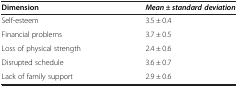
<table><thead><tr><td><b>Dimension</b></td><td><b><i>Mean ± standard deviation</i></b></td></tr></thead><tbody><tr><td>Self-esteem</td><td>3.5 ± 0.4</td></tr><tr><td>Financial problems</td><td>3.7 ± 0.5</td></tr><tr><td>Loss of physical strength</td><td>2.4 ± 0.6</td></tr><tr><td>Disrupted schedule</td><td>3.6 ± 0.7</td></tr><tr><td>Lack of family support</td><td>2.9 ± 0.6</td></tr></tbody></table>